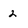
Character: 2